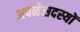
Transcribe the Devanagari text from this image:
अपनेसदस्यों